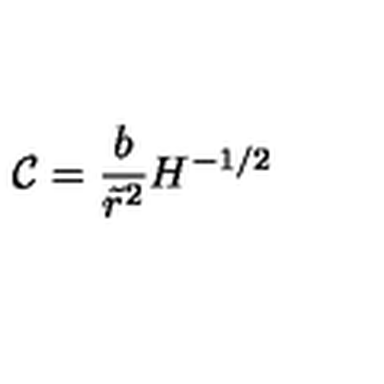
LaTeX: \mathcal { C } = \frac { b } { \tilde { r } ^ { 2 } } H ^ { - 1 / 2 }